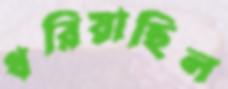
ধরিয়াছিল